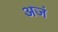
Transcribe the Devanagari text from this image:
अजं